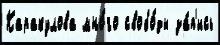
Каракулова мно́го свобо́ды за́п'ись